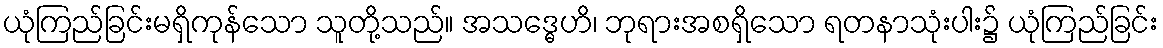
ယုံကြည်ခြင်းမရှိကုန်သော သူတို့သည်။ အသဒ္ဓေဟိ၊ ဘုရားအစရှိသော ရတနာသုံးပါး၌ ယုံကြည်ခြင်း